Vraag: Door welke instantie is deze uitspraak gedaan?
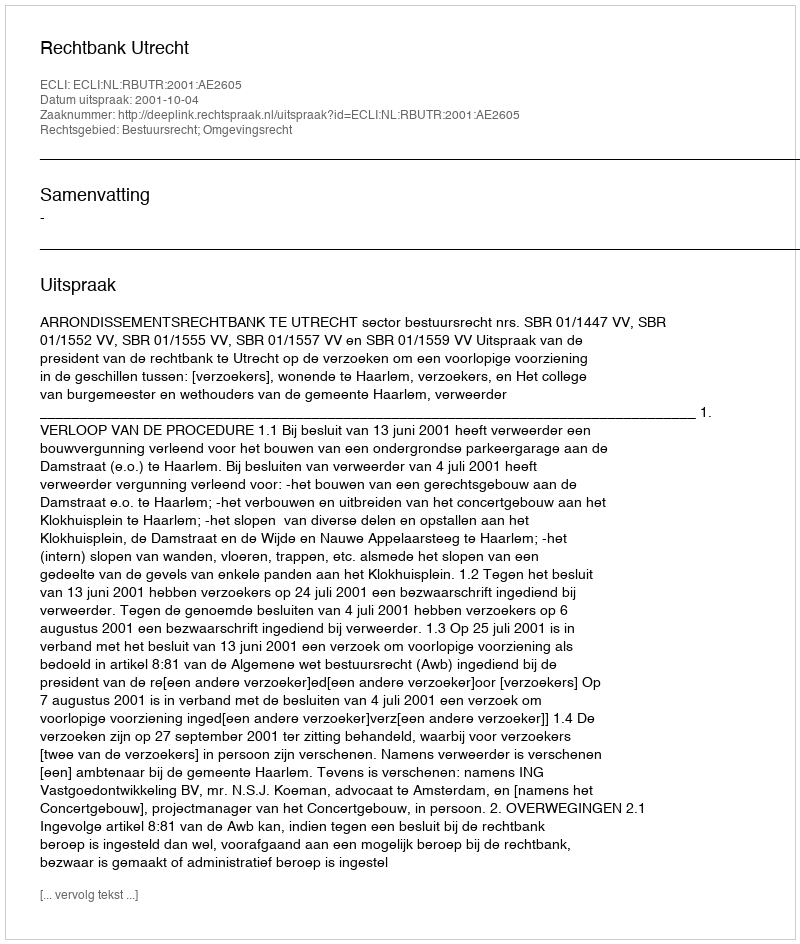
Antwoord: Rechtbank Utrecht